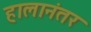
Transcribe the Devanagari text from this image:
हालानंतर